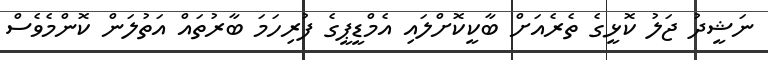
ނަޝީދު ޖަލު ކޮޅީގެ ތެރެއަށް ބާކީކޮށްލައި އެމްޑީޕީގެ ފުރިހަމަ ބާރުތައް އަތުލަން ކޮންމެވެސް